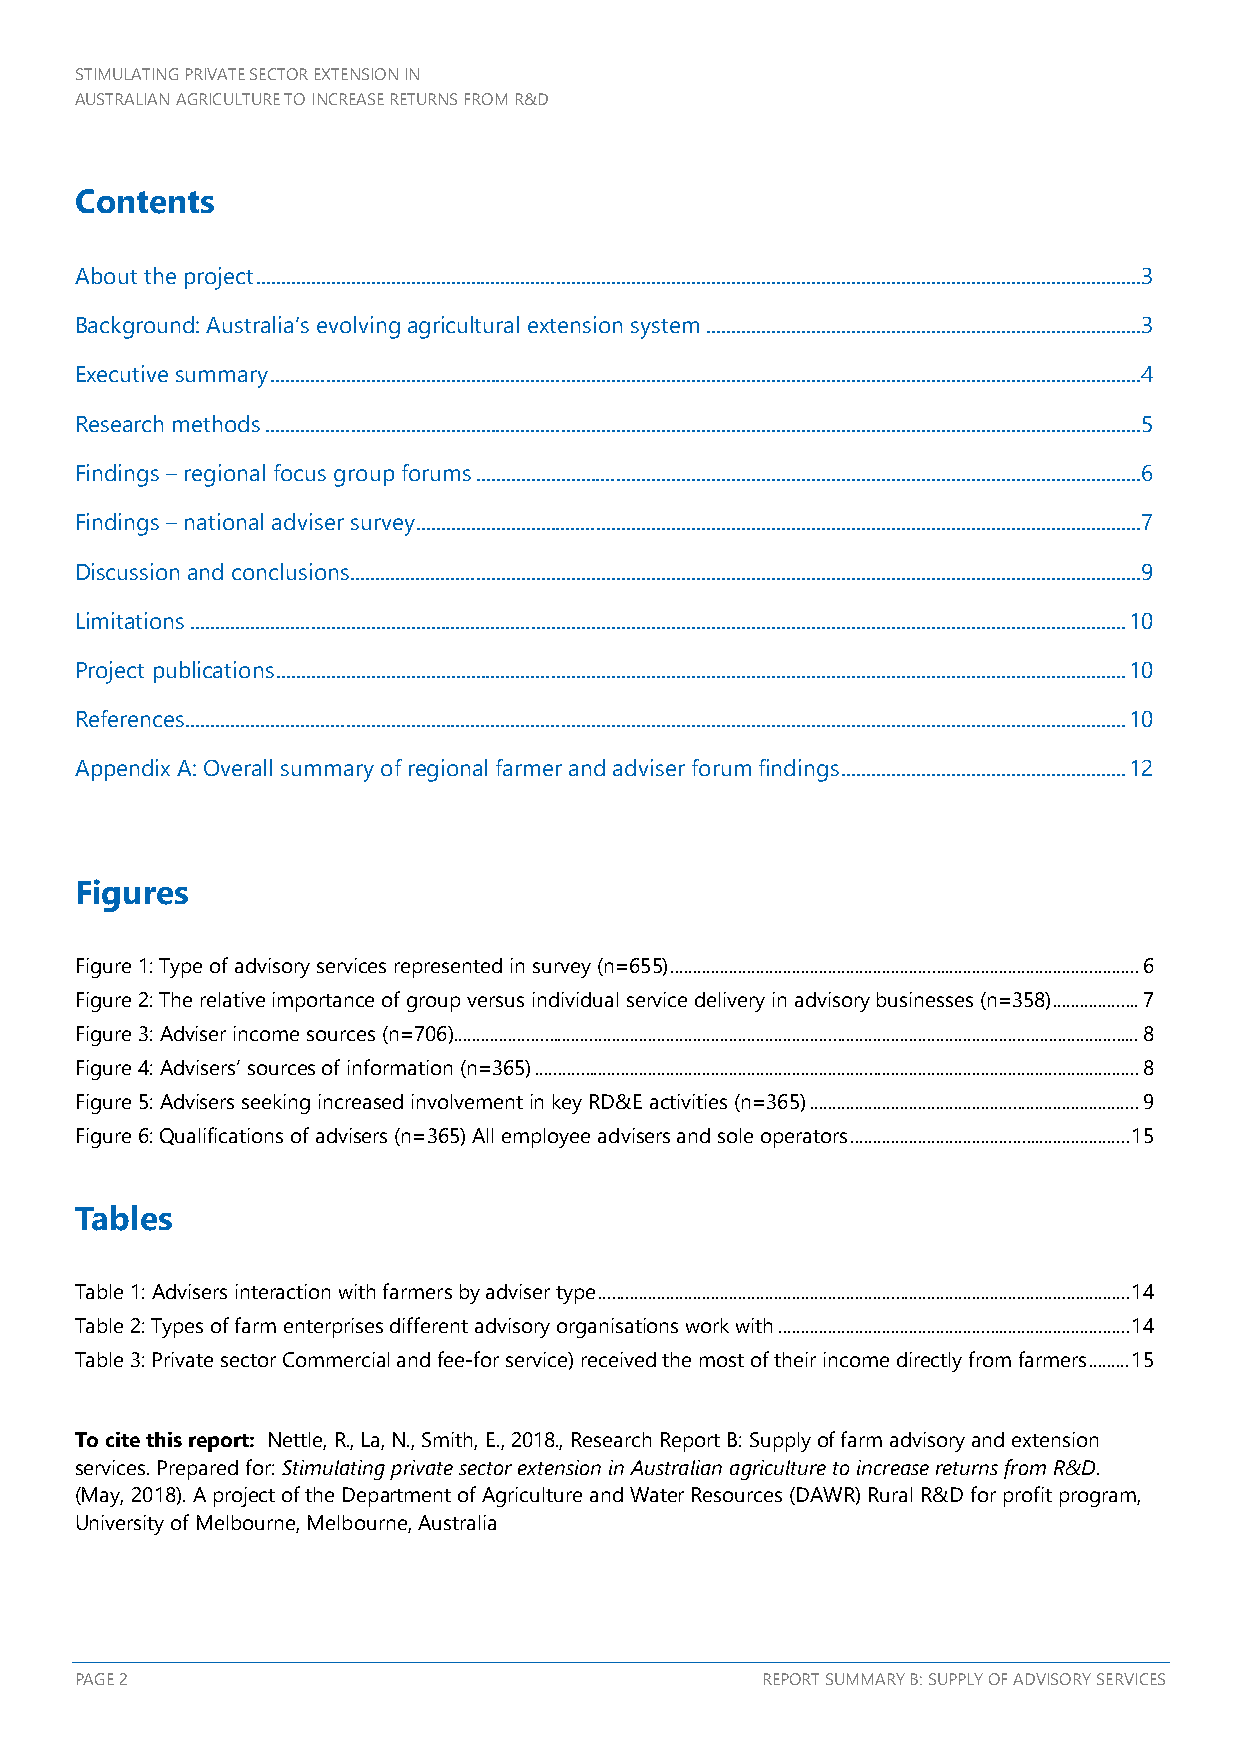
STIMULATING PRIVATE SECTOR EXTENSION IN
 AUSTRALIAN AGRICULTURE TO INCREASE RETURNS FROM R&D
 Contents
 About the project ................................................................................................................................................................................. 3
 Background: Australia’s evolving agricultural extension system ....................................................................................... 3
 Executive summary .............................................................................................................................................................................. 4
 Research methods ............................................................................................................................................................................... 5
 Findings – regional focus group forums ..................................................................................................................................... 6
 Findings – national adviser survey ................................................................................................................................................. 7
 Discussion and conclusions .............................................................................................................................................................. 9
 Limitations ........................................................................................................................................................................................... 10
 Project publications .......................................................................................................................................................................... 10
 References............................................................................................................................................................................................ 10
 Appendix A: Overall summary of regional farmer and adviser forum findings ......................................................... 12
 Figures
 Figure 1: Type of advisory services represented in survey (n=655) ........................................................................................................ 6
 Figure 2: The relative importance of group versus individual service delivery in advisory businesses (n=358) ................... 7
 Figure 3: Adviser income sources (n=706) ........................................................................................................................................................ 8
 Figure 4: Advisers’ sources of information (n=365) ...................................................................................................................................... 8
 Figure 5: Advisers seeking increased involvement in key RD&E activities (n=365) ......................................................................... 9
 Figure 6: Qualifications of advisers (n=365) All employee advisers and sole operators .............................................................. 15
 Tables
 Table 1: Advisers interaction with farmers by adviser type ...................................................................................................................... 14
 Table 2: Types of farm enterprises different advisory organisations work with .............................................................................. 14
 Table 3: Private sector Commercial and fee-for service) received the most of their income directly from farmers ......... 15
 To cite this report: Nettle, R., La, N., Smith, E., 2018., Research Report B: Supply of farm advisory and extension
 services. Prepared for: Stimulating private sector extension in Australian agriculture to increase returns from R&D.
 (May, 2018). A project of the Department of Agriculture and Water Resources (DAWR) Rural R&D for profit program,
 University of Melbourne, Melbourne, Australia
 PAGE 2                                       REPORT SUMMARY B: SUPPLY OF ADVISORY SERVICES